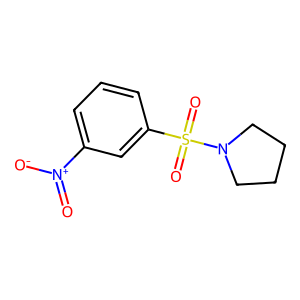
SMILES: O=[N+]([O-])c1cccc(S(=O)(=O)N2CCCC2)c1
Inhibits HIV replication: No